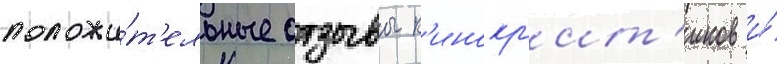
положи́т'ельные отзывы к'инокр'ит'иков и́